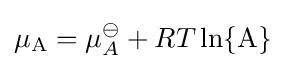
\mu _{\mathrm {A} }=\mu _{A}^{\ominus }+RT\ln\{\mathrm {A} \}